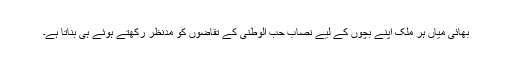
بھائی میاں ہر ملک اپنے بچوں کے لیے نصاب حب الوطنی کے تقاضوں کو مدنظر رکھتے ہوئے ہی بناتا ہے۔